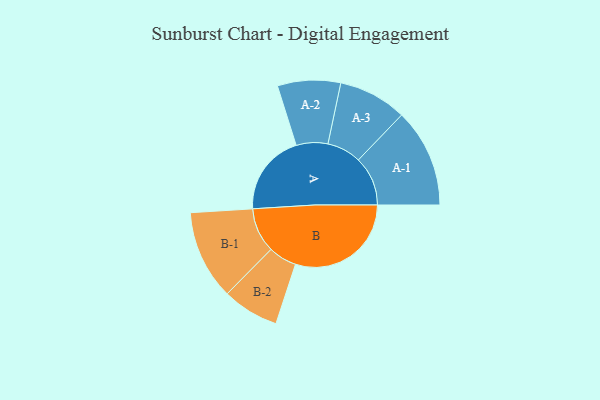
{"axis": {"x": "Segment", "y": "Value"}, "legend": ["", "A", "B"], "data": [{"x": "A", "y": 333, "type": ""}, {"x": "B", "y": 474, "type": ""}, {"x": "A-1", "y": 202, "type": "A"}, {"x": "A-2", "y": 129, "type": "A"}, {"x": "A-3", "y": 140, "type": "A"}, {"x": "B-1", "y": 183, "type": "B"}, {"x": "B-2", "y": 116, "type": "B"}]}